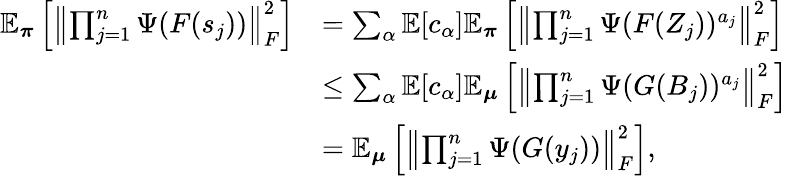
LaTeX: \begin{array}{rl}{\mathbb{E}_{\boldsymbol\pi}\left[\left\lVert\prod_{j=1}^{n}\Psi(F(s_{j}))\right\rVert_{F}^{2}\right]}&{=\sum_{\alpha}\mathbb{E}[c_{\alpha}]\mathbb{E}_{\boldsymbol\pi}\left[\left\lVert\prod_{j=1}^{n}\Psi(F(Z_{j}))^{a_{j}}\right\rVert_{F}^{2}\right]}\\ &{\leq\sum_{\alpha}\mathbb{E}[c_{\alpha}]\mathbb{E}_{\boldsymbol\mu}\left[\left\lVert\prod_{j=1}^{n}\Psi(G(B_{j}))^{a_{j}}\right\rVert_{F}^{2}\right]}\\ &{=\mathbb{E}_{\boldsymbol\mu}\left[\left\lVert\prod_{j=1}^{n}\Psi(G(y_{j}))\right\rVert_{F}^{2}\right],}\end{array}